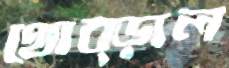
থোব্‌ড়াল